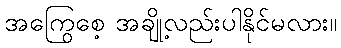
အကြွေစေ့ အချို့လည်းပါနိုင်မလား။